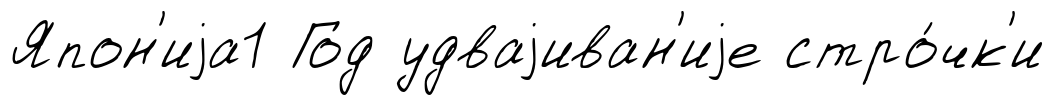
Япон'иjа1 Год удваjиван'иjе стро́чк'и